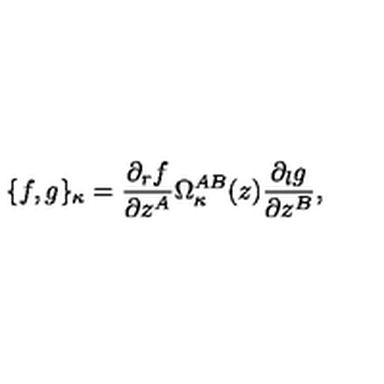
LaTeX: \{ f , g \} _ { \kappa } = \frac { \partial _ { r } f } { \partial z ^ { A } } \Omega _ { \kappa } ^ { A B } ( z ) \frac { \partial _ { l } g } { \partial z ^ { B } } ,